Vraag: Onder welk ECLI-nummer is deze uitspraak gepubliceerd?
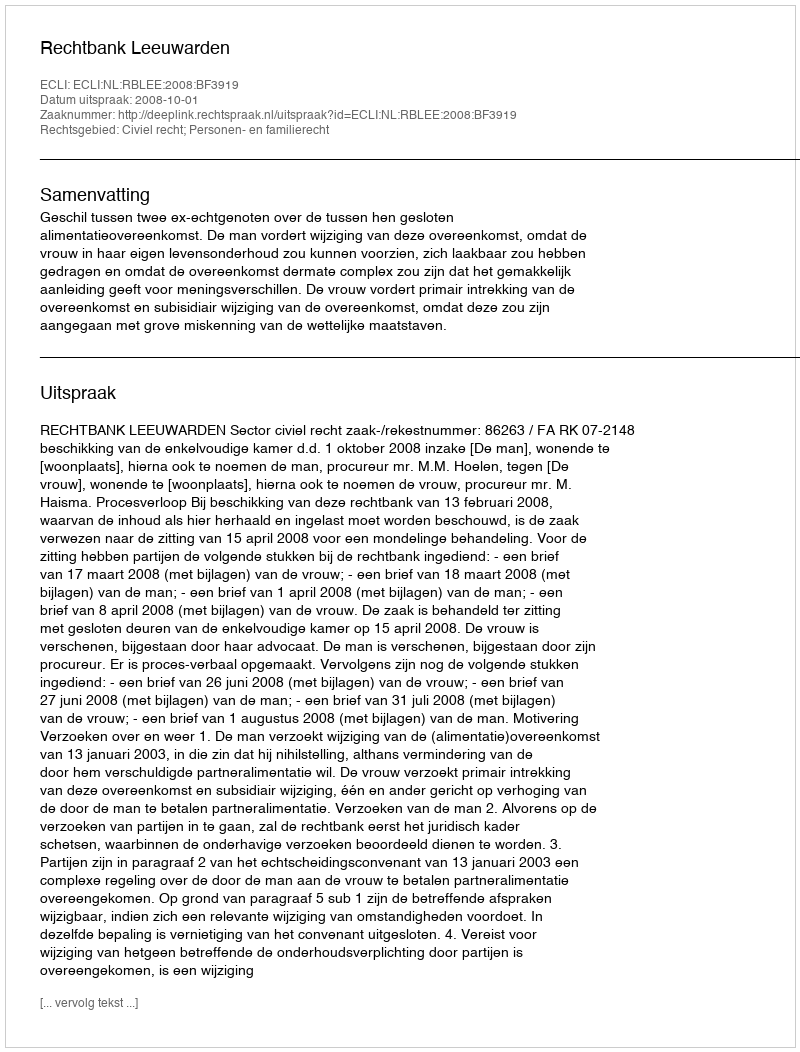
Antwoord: ECLI:NL:RBLEE:2008:BF3919